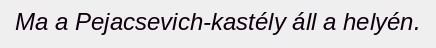
Ma a Pejacsevich-kastély áll a helyén.